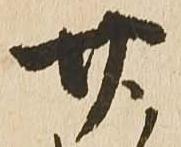
廿